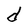
Character: d